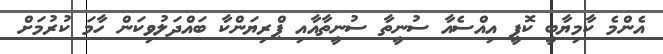
އެންމެ ކާމިޔާބީ ކޮޕީ އިއްސެއާ ސުނީތާ ސުނީތާއާއި ޕްރިޔަންކާ ބައްދަލުވިކަން ހާމަ ކުރުމަށް